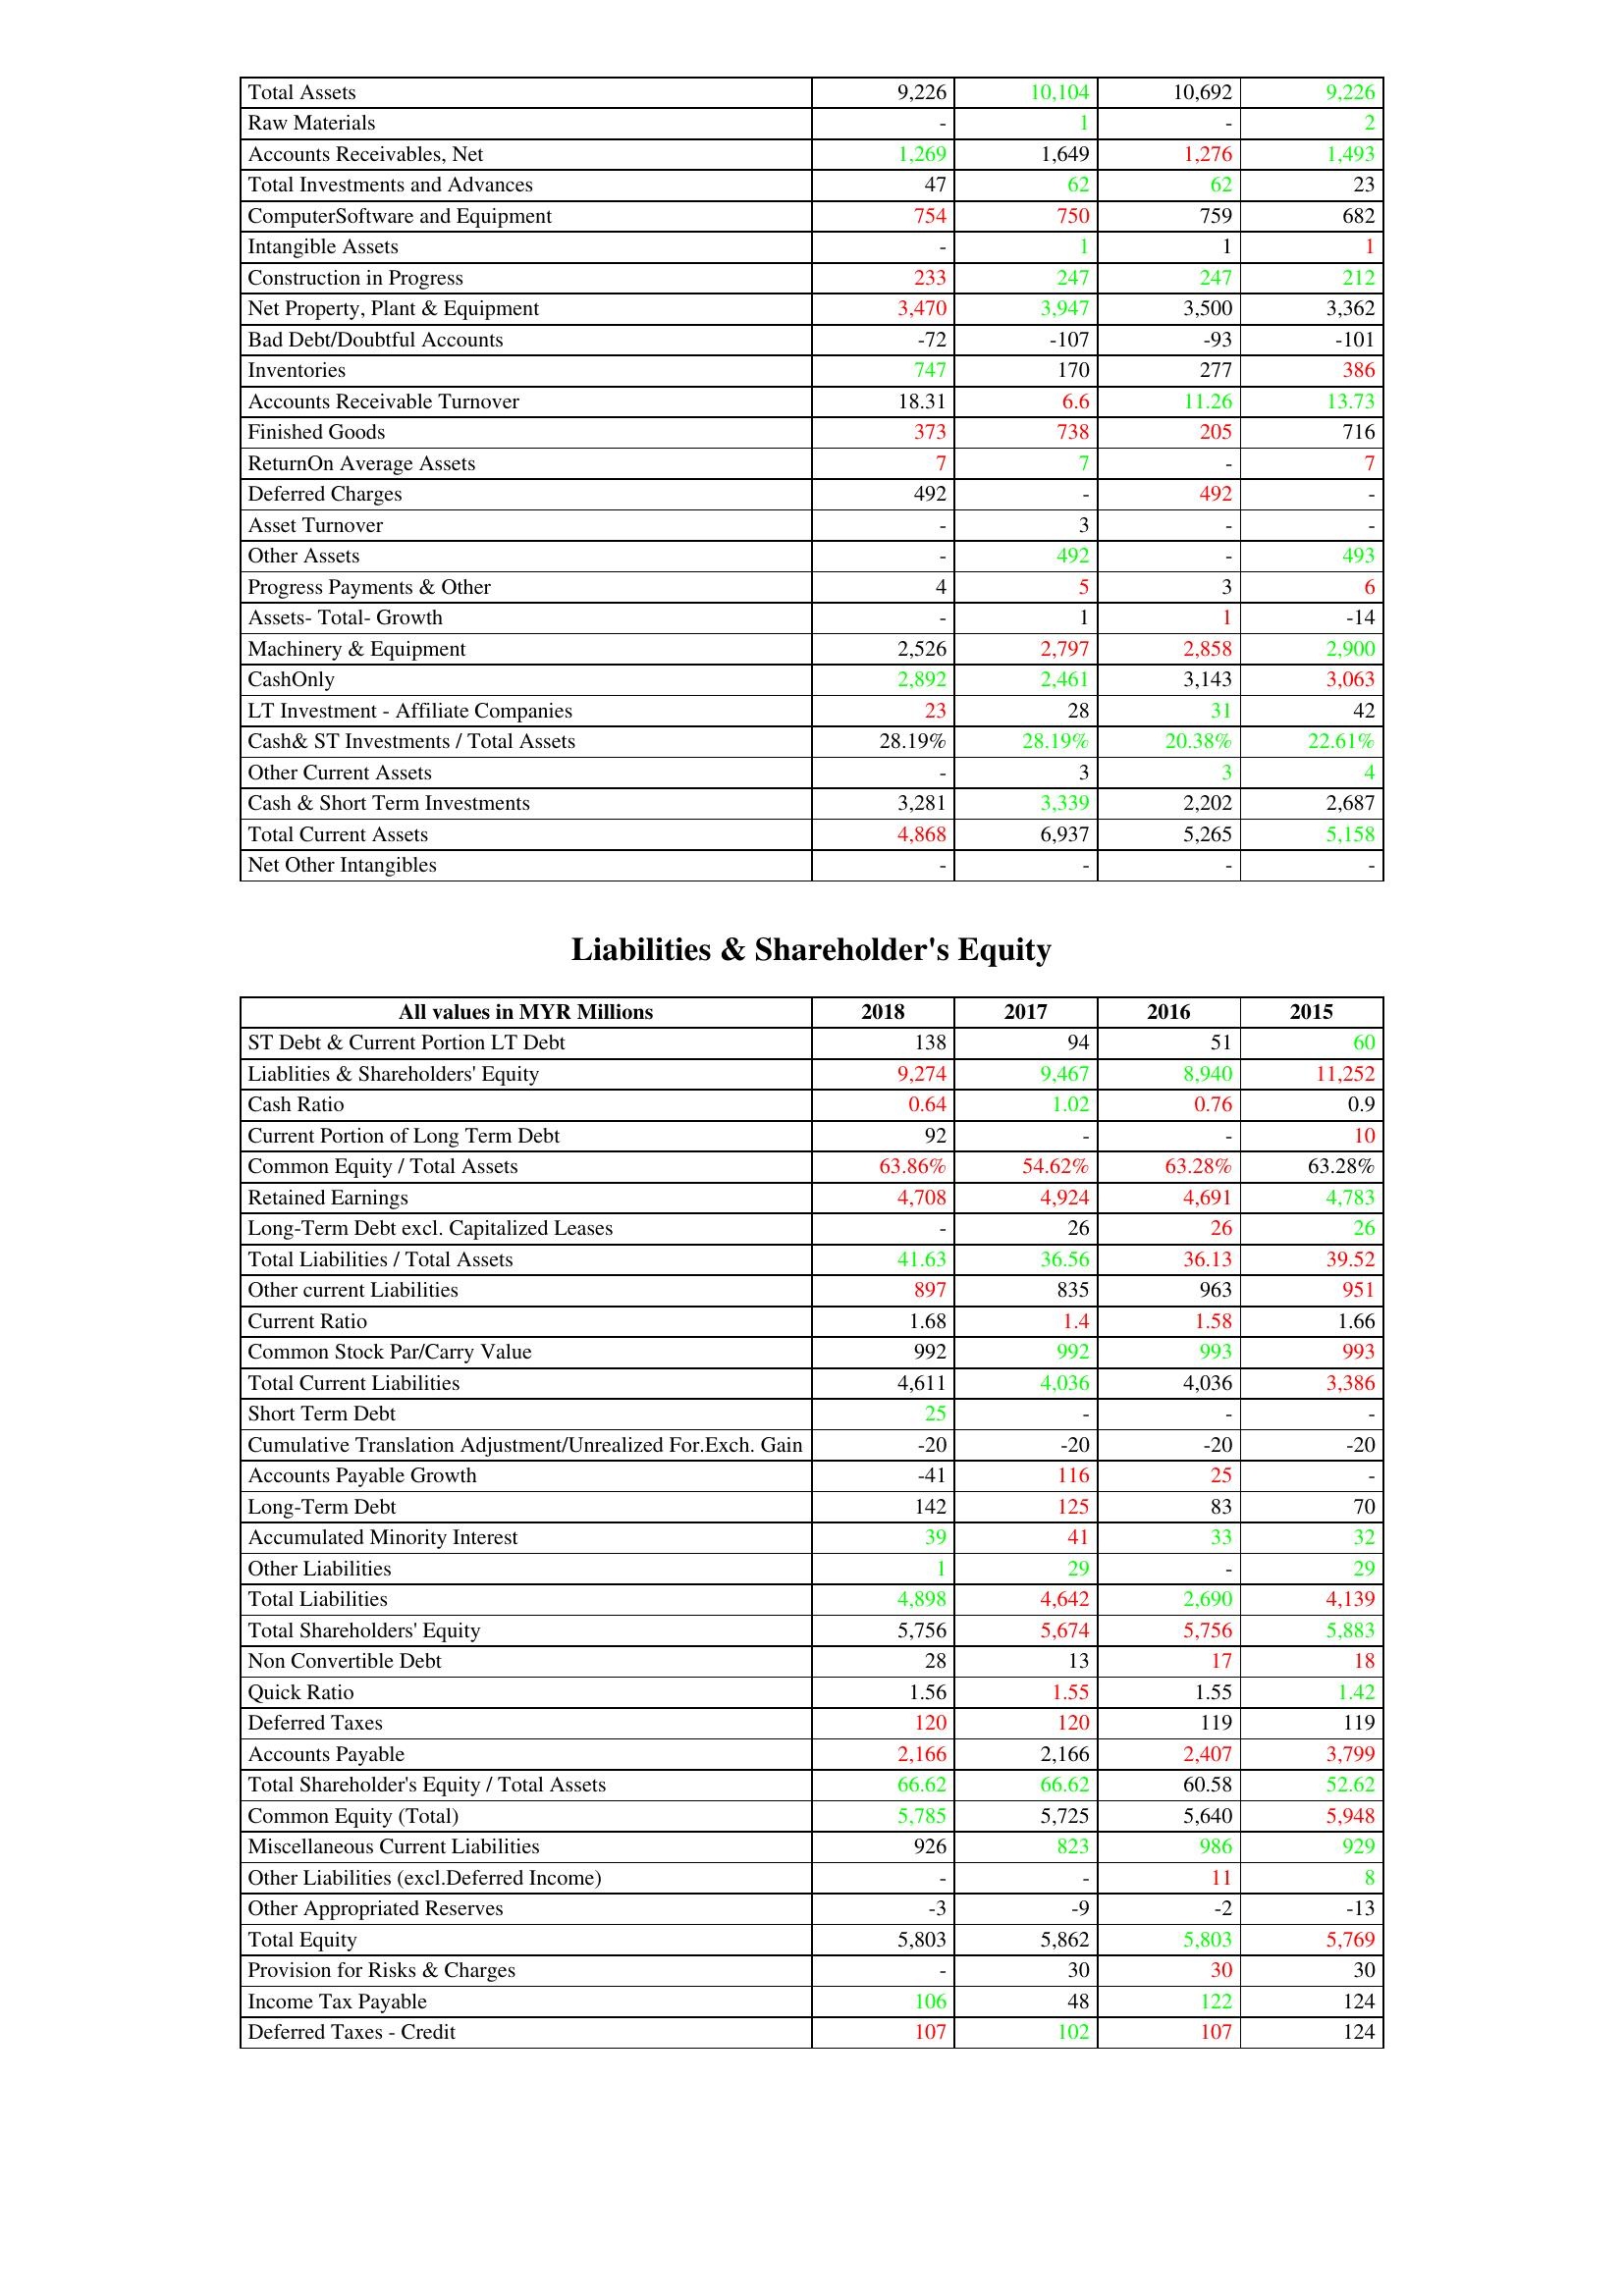
gt_parse: 2018: Assets: Total Assets: 9,226
Raw Materials: -
Accounts Receivables, Net: 1,269
Total Investments and Advances: 47
ComputerSoftware and Equipment: 754
Intangible Assets: -
Construction in Progress: 233
Net Property, Plant & Equipment: 3,470
Bad Debt/Doubtful Accounts: -72
Inventories: 747
Accounts Receivable Turnover: 18.31
Finished Goods: 373
ReturnOn Average Assets: 7
Deferred Charges: 492
Asset Turnover: -
Other Assets: -
Progress Payments & Other: 4
Assets- Total- Growth: -
Machinery & Equipment: 2,526
CashOnly: 2,892
LT Investment - Affiliate Companies: 23
Cash& ST Investments / Total Assets: 28.19%
Other Current Assets: -
Cash & Short Term Investments: 3,281
Total Current Assets: 4,868
Net Other Intangibles: -
Liabilities & Shareholder's Equity: ST Debt & Current Portion LT Debt: 138
Liablities & Shareholders' Equity: 9,274
Cash Ratio: 0.64
Current Portion of Long Term Debt: 92
Common Equity / Total Assets: 63.86%
Retained Earnings: 4,708
Long-Term Debt excl. Capitalized Leases: -
Total Liabilities / Total Assets: 41.63
Other current Liabilities: 897
Current Ratio: 1.68
Common Stock Par/Carry Value: 992
Total Current Liabilities: 4,611
Short Term Debt: 25
Cumulative Translation Adjustment/Unrealized For.Exch. Gain: -20
Accounts Payable Growth: -41
Long-Term Debt: 142
Accumulated Minority Interest: 39
Other Liabilities: 1
Total Liabilities: 4,898
Total Shareholders' Equity: 5,756
Non Convertible Debt: 28
Quick Ratio: 1.56
Deferred Taxes: 120
Accounts Payable: 2,166
Total Shareholder's Equity / Total Assets: 66.62
Common Equity (Total): 5,785
Miscellaneous Current Liabilities: 926
Other Liabilities (excl.Deferred Income): -
Other Appropriated Reserves: -3
Total Equity: 5,803
Provision for Risks & Charges: -
Income Tax Payable: 106
Deferred Taxes - Credit: 107
2017: Assets: Total Assets: 10,104
Raw Materials: 1
Accounts Receivables, Net: 1,649
Total Investments and Advances: 62
ComputerSoftware and Equipment: 750
Intangible Assets: 1
Construction in Progress: 247
Net Property, Plant & Equipment: 3,947
Bad Debt/Doubtful Accounts: -107
Inventories: 170
Accounts Receivable Turnover: 6.6
Finished Goods: 738
ReturnOn Average Assets: 7
Deferred Charges: -
Asset Turnover: 3
Other Assets: 492
Progress Payments & Other: 5
Assets- Total- Growth: 1
Machinery & Equipment: 2,797
CashOnly: 2,461
LT Investment - Affiliate Companies: 28
Cash& ST Investments / Total Assets: 28.19%
Other Current Assets: 3
Cash & Short Term Investments: 3,339
Total Current Assets: 6,937
Net Other Intangibles: -
Liabilities & Shareholder's Equity: ST Debt & Current Portion LT Debt: 94
Liablities & Shareholders' Equity: 9,467
Cash Ratio: 1.02
Current Portion of Long Term Debt: -
Common Equity / Total Assets: 54.62%
Retained Earnings: 4,924
Long-Term Debt excl. Capitalized Leases: 26
Total Liabilities / Total Assets: 36.56
Other current Liabilities: 835
Current Ratio: 1.4
Common Stock Par/Carry Value: 992
Total Current Liabilities: 4,036
Short Term Debt: -
Cumulative Translation Adjustment/Unrealized For.Exch. Gain: -20
Accounts Payable Growth: 116
Long-Term Debt: 125
Accumulated Minority Interest: 41
Other Liabilities: 29
Total Liabilities: 4,642
Total Shareholders' Equity: 5,674
Non Convertible Debt: 13
Quick Ratio: 1.55
Deferred Taxes: 120
Accounts Payable: 2,166
Total Shareholder's Equity / Total Assets: 66.62
Common Equity (Total): 5,725
Miscellaneous Current Liabilities: 823
Other Liabilities (excl.Deferred Income): -
Other Appropriated Reserves: -9
Total Equity: 5,862
Provision for Risks & Charges: 30
Income Tax Payable: 48
Deferred Taxes - Credit: 102
2016: Assets: Total Assets: 10,692
Raw Materials: -
Accounts Receivables, Net: 1,276
Total Investments and Advances: 62
ComputerSoftware and Equipment: 759
Intangible Assets: 1
Construction in Progress: 247
Net Property, Plant & Equipment: 3,500
Bad Debt/Doubtful Accounts: -93
Inventories: 277
Accounts Receivable Turnover: 11.26
Finished Goods: 205
ReturnOn Average Assets: -
Deferred Charges: 492
Asset Turnover: -
Other Assets: -
Progress Payments & Other: 3
Assets- Total- Growth: 1
Machinery & Equipment: 2,858
CashOnly: 3,143
LT Investment - Affiliate Companies: 31
Cash& ST Investments / Total Assets: 20.38%
Other Current Assets: 3
Cash & Short Term Investments: 2,202
Total Current Assets: 5,265
Net Other Intangibles: -
Liabilities & Shareholder's Equity: ST Debt & Current Portion LT Debt: 51
Liablities & Shareholders' Equity: 8,940
Cash Ratio: 0.76
Current Portion of Long Term Debt: -
Common Equity / Total Assets: 63.28%
Retained Earnings: 4,691
Long-Term Debt excl. Capitalized Leases: 26
Total Liabilities / Total Assets: 36.13
Other current Liabilities: 963
Current Ratio: 1.58
Common Stock Par/Carry Value: 993
Total Current Liabilities: 4,036
Short Term Debt: -
Cumulative Translation Adjustment/Unrealized For.Exch. Gain: -20
Accounts Payable Growth: 25
Long-Term Debt: 83
Accumulated Minority Interest: 33
Other Liabilities: -
Total Liabilities: 2,690
Total Shareholders' Equity: 5,756
Non Convertible Debt: 17
Quick Ratio: 1.55
Deferred Taxes: 119
Accounts Payable: 2,407
Total Shareholder's Equity / Total Assets: 60.58
Common Equity (Total): 5,640
Miscellaneous Current Liabilities: 986
Other Liabilities (excl.Deferred Income): 11
Other Appropriated Reserves: -2
Total Equity: 5,803
Provision for Risks & Charges: 30
Income Tax Payable: 122
Deferred Taxes - Credit: 107
2015: Assets: Total Assets: 9,226
Raw Materials: 2
Accounts Receivables, Net: 1,493
Total Investments and Advances: 23
ComputerSoftware and Equipment: 682
Intangible Assets: 1
Construction in Progress: 212
Net Property, Plant & Equipment: 3,362
Bad Debt/Doubtful Accounts: -101
Inventories: 386
Accounts Receivable Turnover: 13.73
Finished Goods: 716
ReturnOn Average Assets: 7
Deferred Charges: -
Asset Turnover: -
Other Assets: 493
Progress Payments & Other: 6
Assets- Total- Growth: -14
Machinery & Equipment: 2,900
CashOnly: 3,063
LT Investment - Affiliate Companies: 42
Cash& ST Investments / Total Assets: 22.61%
Other Current Assets: 4
Cash & Short Term Investments: 2,687
Total Current Assets: 5,158
Net Other Intangibles: -
Liabilities & Shareholder's Equity: ST Debt & Current Portion LT Debt: 60
Liablities & Shareholders' Equity: 11,252
Cash Ratio: 0.9
Current Portion of Long Term Debt: 10
Common Equity / Total Assets: 63.28%
Retained Earnings: 4,783
Long-Term Debt excl. Capitalized Leases: 26
Total Liabilities / Total Assets: 39.52
Other current Liabilities: 951
Current Ratio: 1.66
Common Stock Par/Carry Value: 993
Total Current Liabilities: 3,386
Short Term Debt: -
Cumulative Translation Adjustment/Unrealized For.Exch. Gain: -20
Accounts Payable Growth: -
Long-Term Debt: 70
Accumulated Minority Interest: 32
Other Liabilities: 29
Total Liabilities: 4,139
Total Shareholders' Equity: 5,883
Non Convertible Debt: 18
Quick Ratio: 1.42
Deferred Taxes: 119
Accounts Payable: 3,799
Total Shareholder's Equity / Total Assets: 52.62
Common Equity (Total): 5,948
Miscellaneous Current Liabilities: 929
Other Liabilities (excl.Deferred Income): 8
Other Appropriated Reserves: -13
Total Equity: 5,769
Provision for Risks & Charges: 30
Income Tax Payable: 124
Deferred Taxes - Credit: 124